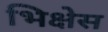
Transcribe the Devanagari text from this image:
भिक्षेस